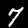
Label: 7